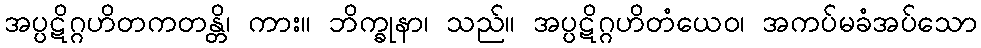
အပ္ပဋိဂ္ဂဟိတကတန္တိ၊ ကား။ ဘိက္ခုနာ၊ သည်။ အပ္ပဋိဂ္ဂဟိတံယေဝ၊ အကပ်မခံအပ်သော